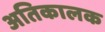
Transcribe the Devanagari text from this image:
अतिकालक